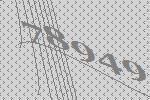
78949